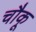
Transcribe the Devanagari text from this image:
चौकू